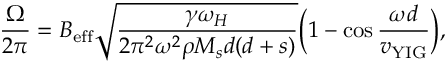
\frac { \Omega } { 2 \pi } = B _ { \mathrm { e f f } } \sqrt { \frac { \gamma \omega _ { H } } { 2 \pi ^ { 2 } \omega ^ { 2 } \rho M _ { s } d ( d + s ) } } \Big ( 1 - \cos { \frac { \omega d } { v _ { \mathrm { Y I G } } } } \Big ) ,